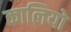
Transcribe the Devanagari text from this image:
कालियो